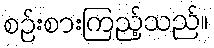
စဉ်းစားကြည့်သည်။